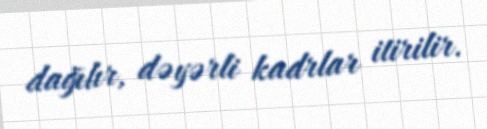
dağılır, dəyərli kadrlar itirilir.